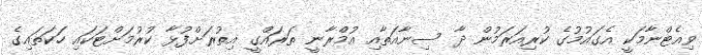
ވިއެޓްނާމަކީ އެގައުމުގެ ކުރިއަރަމުން ދާ ސިނާއަތާއި އުމްރާނީ ތަރައްގީ އިތުރަށްފުޅާ ކުރުމަށްޓަކައި ހަކަތައިގެ